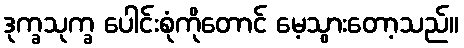
ဒုက္ခသုက္ခ ပေါင်းစုံကိုတောင် မေ့သွားတော့သည်။